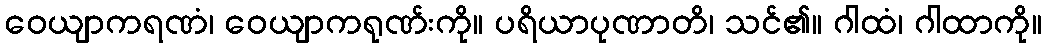
ဝေယျာကရဏံ၊ ဝေယျာကရုဏ်းကို။ ပရိယာပုဏာတိ၊ သင်၏။ ဂါထံ၊ ဂါထာကို။